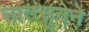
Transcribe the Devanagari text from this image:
नातसुनेने